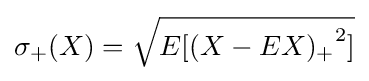
\sigma _{+}(X)={\sqrt {{E[(X-EX)_{+}}^{2}]}}